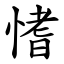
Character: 愭